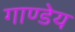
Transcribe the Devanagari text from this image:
गाण्डेय